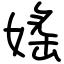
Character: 媱